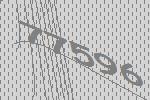
77596